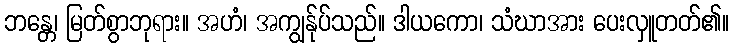
ဘန္တေ၊ မြတ်စွာဘုရား။ အဟံ၊ အကျွန်ုပ်သည်။ ဒါယကော၊ သံဃာအား ပေးလှူတတ်၏။